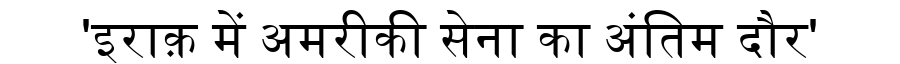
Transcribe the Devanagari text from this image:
'इराक़ में अमरीकी सेना का अंतिम दौर'